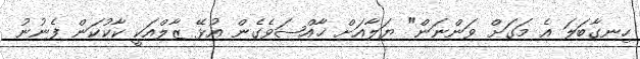
ހިނގާބަލަ އެ މަގަށް ވަންނަން" ޔަލާއަށް ޚާއްޞަވެގެން އުޅޭ ޒާލްއަކީ ކާކުކަން ފެނުނު